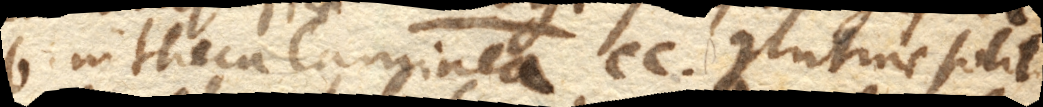
b. in theca laminea cc. glutine solito